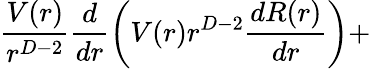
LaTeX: \frac{V(r)}{r^{D-2}}\frac{d}{dr}\left(V(r)r^{D-2}\frac{dR(r)}{dr}\right)+